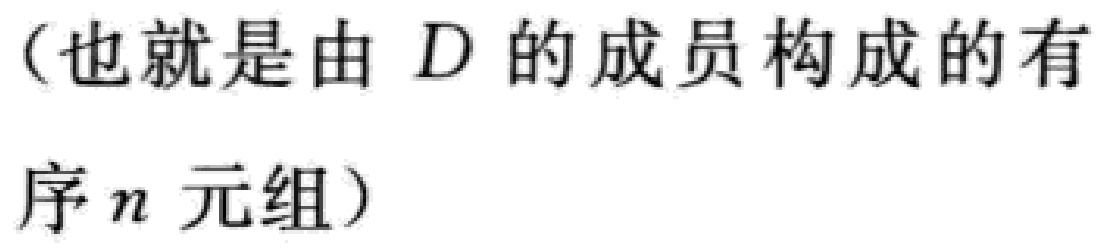
（也就是由 \(D\) 的成员构成的有序 \(n\) 元组）